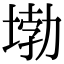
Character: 𡍧